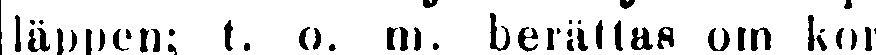
läppen; t. o. m. berättas om kor